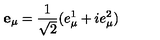
\mathbf { e } _ { \mu } = \frac { 1 } { \sqrt 2 } ( e _ { \mu } ^ { 1 } + i e _ { \mu } ^ { 2 } )